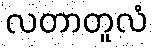
လတာတူလံ